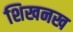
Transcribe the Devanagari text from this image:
शिखनख